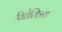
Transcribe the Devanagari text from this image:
वितेलिअस